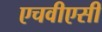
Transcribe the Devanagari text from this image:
एचवीएसी